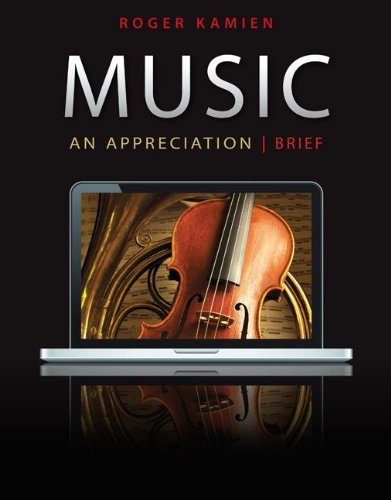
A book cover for Music: An Appreciation, 7th Brief Edition; Roger Kamien; Arts & Photography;